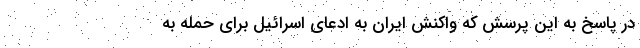
در پاسخ به این پرسش که واکنش ایران به ادعای اسرائیل برای حمله به